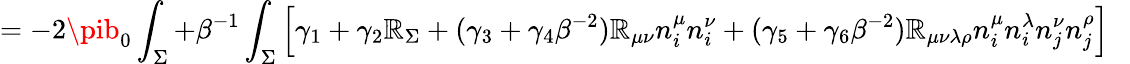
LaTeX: =-2\pib_{0}\int_{\Sigma}+\beta^{-1}\int_{\Sigma}\left[\gamma_{1}+\gamma_{2}\mathbb{R}_{\Sigma}+(\gamma_{3}+\gamma_{4}\beta^{-2})\mathbb{R}_{\mu\nu}n_{i}^{\mu}n_{i}^{\nu}+(\gamma_{5}+\gamma_{6}\beta^{-2})\mathbb{R}_{\mu\nu\lambda\rho}n_{i}^{\mu}n_{i}^{\lambda}n_{j}^{\nu}n_{j}^{\rho}\right]~~~